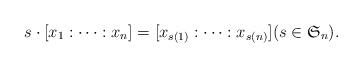
LaTeX: \begin{align*}s\cdot [x_1:\dots:x_n] = [x_{s(1)}:\dots :x_{s(n)}](s\in \mathfrak S_n).\end{align*}